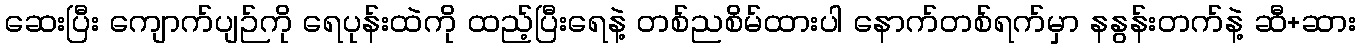
ဆေးပြီး ကျောက်ပျဉ်ကို ရေပုန်းထဲကို ထည့်ပြီးရေနဲ့ တစ်ညစိမ်ထားပါ နောက်တစ်ရက်မှာ နနွန်းတက်နဲ့ ဆီ+ဆား